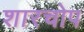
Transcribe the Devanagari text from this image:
शारचोप